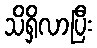
သိရှိလာပြီး